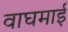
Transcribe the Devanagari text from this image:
वाघमाई